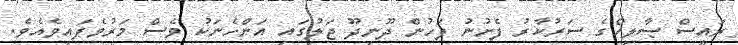
ރައީސް ޞާލިހްގެ ސަރުކާރު ފެށުނު ފަހުން ދޫނިދޫ ޖަލުގައި އަންހެނަކު ވެސް މަރުވެފައިވެއެވެ.